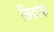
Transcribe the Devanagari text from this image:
छिद्रांक